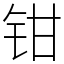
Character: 钳